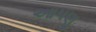
આપણૂ